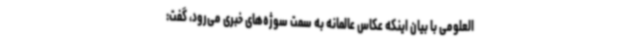
العلومی با بیان اینکه عکاس عالمانه به سمت سوژه‌های خبری می‌رود، گفت: